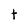
Character: t